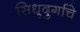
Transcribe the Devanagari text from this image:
सिधुदुर्गाचे